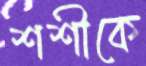
শশীকে